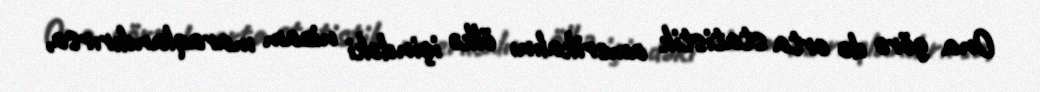
Ona görə də orta statistik amerikalını ölkə içindəki nizam maraqlandırırsa,